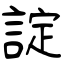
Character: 諚